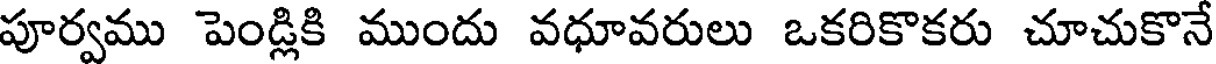
పూర్వము పెండ్లికి ముందు వధూవరులు ఒకరికొకరు చూచుకొనే